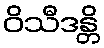
ဝိသီဒန္တိ